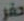
حفر